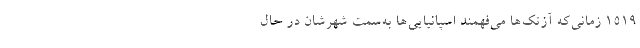
۱۵۱۹ زمانی‌که آزتک‌ها می‌فهمند اسپانیایی‌ها به‌سمت شهرشان در حال